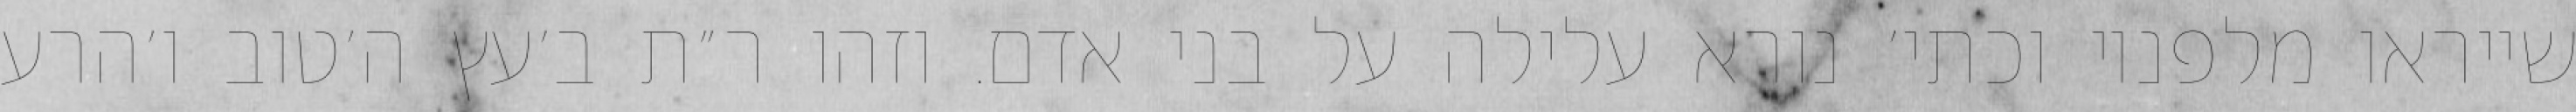
שייראו מלפניו וכתי׳ נורא עלילה על בני אדם. וזהו ר״ת ב׳עץ ה׳טוב ו׳הרע